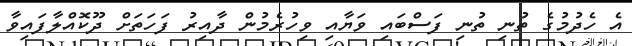
އެ ހެދުމުގެ ތުނި ތުނި ފަސްބައި ވަޔާއި ވިހުރެމުން ދާއިރު ފަހަތަށް ދޫކޮއްލާފައިވާ